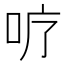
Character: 𭇘